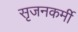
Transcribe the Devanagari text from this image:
सृजनकर्मी